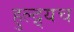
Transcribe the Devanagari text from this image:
हुल्द्र्यच